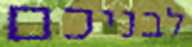
לבניכם